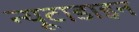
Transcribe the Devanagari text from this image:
न्यूटाडाइन